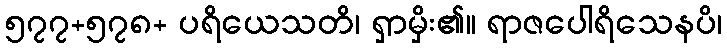
၅၇၇+၅၇၈+ ပရိယေသတိ၊ ရှာမှိး၏။ ရာဇပေါရိသေနပိ၊